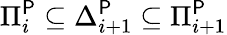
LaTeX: \Pi_{i}^{\mathsf{P}}\subseteq\Delta_{i+1}^{\mathsf{P}}\subseteq\Pi_{i+1}^{\mathsf{P}}